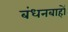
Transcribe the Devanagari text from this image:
बंधनबाहों